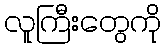
လူကြီးတွေကို